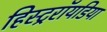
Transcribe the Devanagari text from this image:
हिस्ट्ररॉयडिया